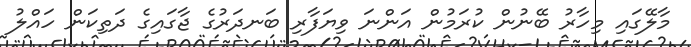
މާލޭގައި މިހާރު ބޭނުން ކުރަމުން އަންނަ ވިޔަފާރި ބަނދަރުގެ ޖާގައިގެ ދަތިކަން ހައްލު